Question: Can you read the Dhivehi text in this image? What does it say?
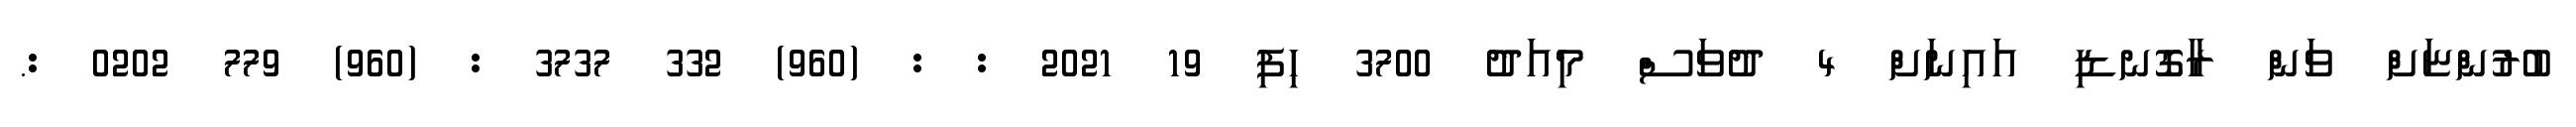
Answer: ބުރުންޏަށް ވަން ރާގޮނޑި އައިނަށް 4 ދުވަސް މިއަދު 3700 ހިފި 19 2021 : : (960) 332 3737 : (960) 779 0202 :.